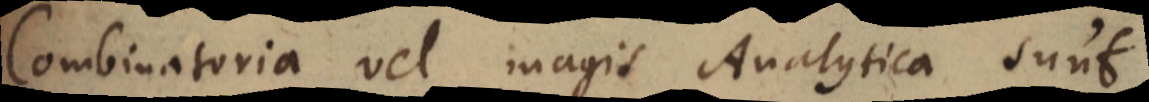
Combinatoria vel magis Analytica sunt